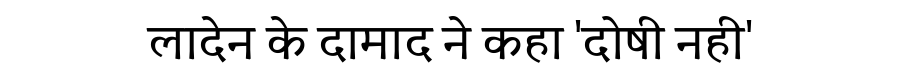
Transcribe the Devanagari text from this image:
लादेन के दामाद ने कहा 'दोषी नही'